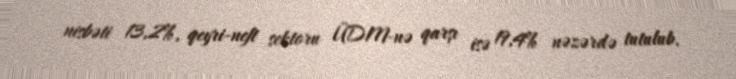
nisbəti 13,2%, qeyri-neft sektoru ÜDM-nə qarşı isə 19,4% nəzərdə tutulub.